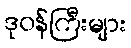
ဒုဝန်ကြီးများ